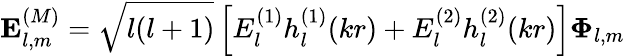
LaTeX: \mathbf{E}_{l,m}^{(M)}={\sqrt{l(l+1)}}\left[E_{l}^{(1)}h_{l}^{(1)}(kr)+E_{l}^{(2)}h_{l}^{(2)}(kr)\right]\mathbf{\Phi}_{l,m}